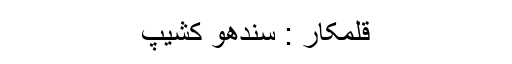
قلمکار : سندھو کشیپ